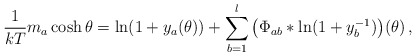
\begin{align*} \frac{1}{kT} m_a \cosh \theta = \ln(1+y_a (\theta)) + \sum_{b=1}^l \, \bigl( \Phi_{ab} * \ln (1+y^{-1}_b) \bigr) (\theta) \,,\end{align*}